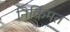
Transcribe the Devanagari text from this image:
निर्किंमत